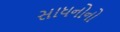
સાધનોનો